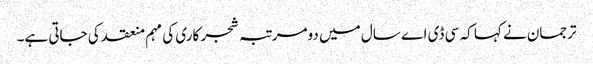
ترجمان نے کہا کہ سی ڈی اے سال میں دومرتبہ شجر کاری کی مہم منعقد کی جاتی ہے۔